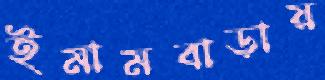
ইমামবাড়ায়